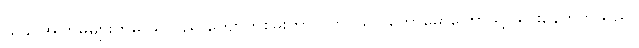
ယခင်အကြိမ်များကမူ သူသည် ကျောက်စိမ်းကာလတွင်သာ တောမော်ကြောသို့ သွားနေတတ်သည်။